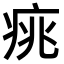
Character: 𤶃